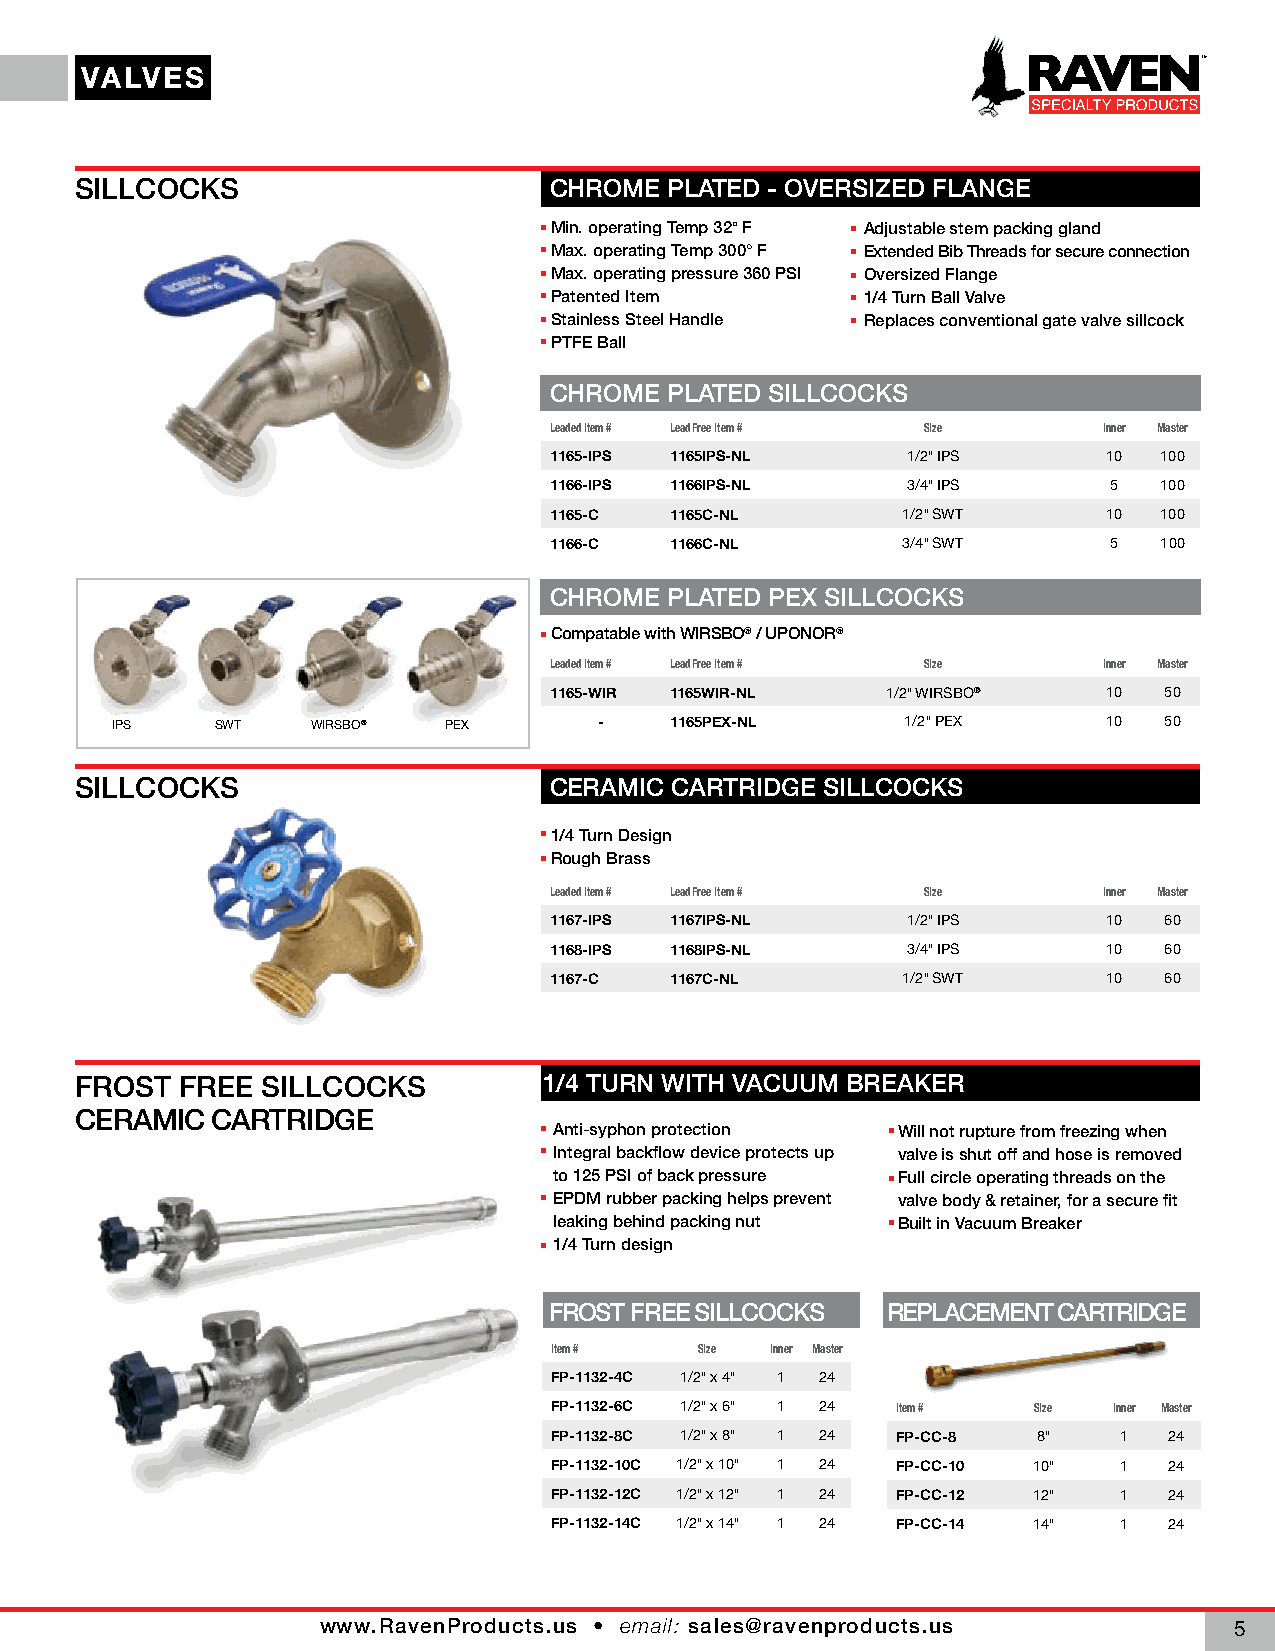
VALVES
 SILLCOCKS                      CHROME  PLATED - OVERSIZED FLANGE
 Min. operating Temp 32° F Adjustable stem packing gland
 Max. operating Temp 300° F Extended Bib Threads for secure connection
 Max. operating pressure 360 PSI Oversized Flange
 Patented Item        1/4 Turn Ball Valve
 Stainless Steel Handle Replaces conventional gate valve sillcock
 PTFE Ball
 CHROME  PLATED SILLCOCKS
 Leaded Item # Lead Free Item # Size  Inner Master
 1165-IPS 1165IPS-NL     1/2" IPS     10  100
 1166-IPS 1166IPS-NL     3/4" IPS      5  100
 1165-C  1165C-NL        1/2" SWT     10  100
 1166-C  1166C-NL        3/4" SWT      5  100
 CHROME  PLATED PEX SILLCOCKS
 Compatable with WIRSBO® / UPONOR®
 Leaded Item # Lead Free Item # Size  Inner Master
 1165-WIR 1165WIR-NL    1/2" WIRSBO®  10  50
 IPS    SWT    WIRSBO® PEX        -   1165PEX-NL      1/2" PEX     10  50
 SILLCOCKS                      CERAMIC CARTRIDGE SILLCOCKS
 1/4 Turn Design
 Rough Brass
 Leaded Item # Lead Free Item # Size  Inner Master
 1167-IPS 1167IPS-NL     1/2" IPS     10  60
 1168-IPS 1168IPS-NL     3/4" IPS     10  60
 1167-C  1167C-NL        1/2" SWT     10  60
 FROST  FREE SILLCOCKS          1/4 TURN WITH VACUUM BREAKER
 CERAMIC  CARTRIDGE
 Anti-syphon protection Will not rupture from freezing when
 STREET END - LEVER                   Integral backflow device protects up valve is shut off and hose is removed
 to 125 PSI of back pressure Full circle operating threads on the
 EPDM rubber packing helps prevent valve body & retainer, for a secure fit
 leaking behind packing nut Built in Vacuum Breaker
 1/4 Turn design
 LONG BODY STREET END                FROST FREE SILLCOCKS   REPLACEMENT CARTRIDGE
 Item #    Size Inner Master
 FP-1132-4C 1/2" x 4" 1 24
 FP-1132-6C 1/2" x 6" 1 24 Item # Size Inner Master
 FP-1132-8C 1/2" x 8" 1 24 FP-CC-8 8"  1  24
 FP-1132-10C 1/2" x 10" 1 24 FP-CC-10 10" 1 24
 FP-1132-12C 1/2" x 12" 1 24 FP-CC-12 12" 1 24
 FP-1132-14C 1/2" x 14" 1 24 FP-CC-14 14" 1 24
 www.RavenProducts.us • email: sales@ravenproducts.us
 5